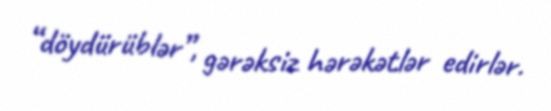
“döydürüblər”, gərəksiz hərəkətlər edirlər.